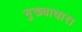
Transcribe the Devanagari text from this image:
मुख्याधारा